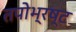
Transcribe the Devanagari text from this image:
तपोभ्रष्ट